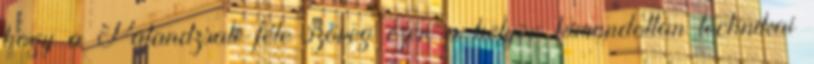
hogy a Patandzsali-féle szöveg ezen a helyen kimondottan technikai